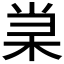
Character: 𰗞